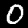
Label: 0